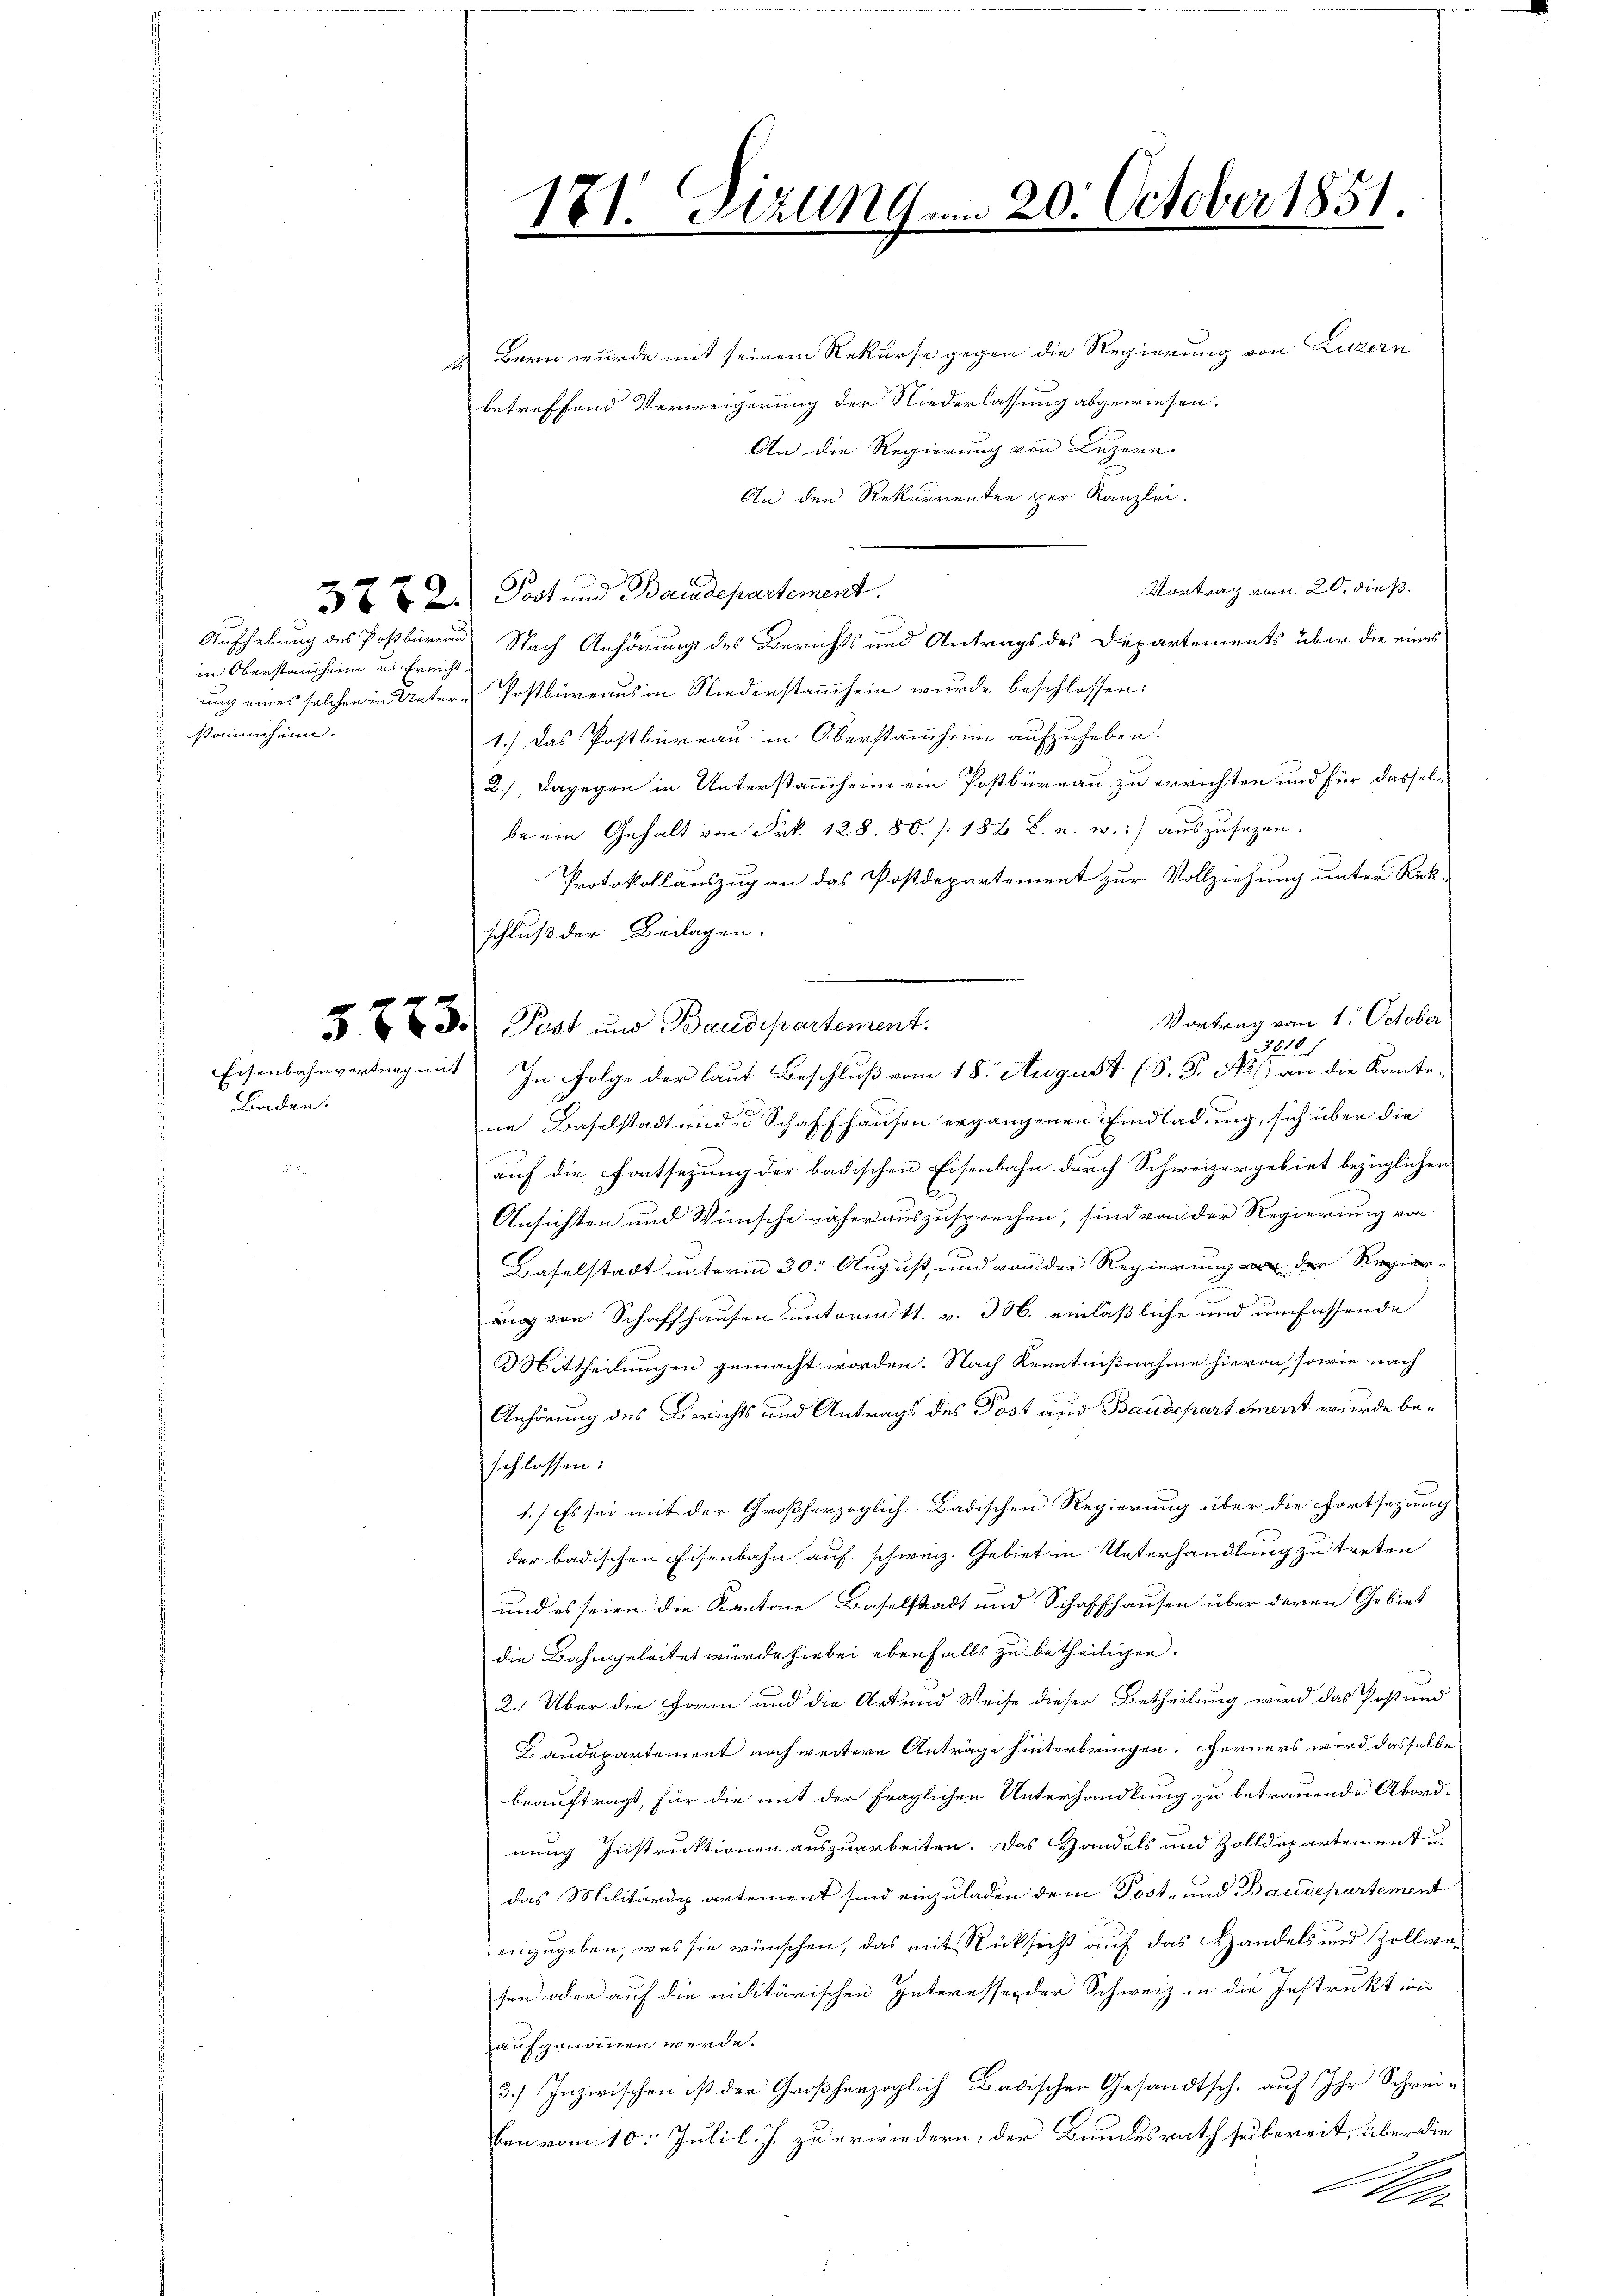
Baden.

in Oberstammheim u. Ereicht.
stammheim.

Bern wurde mit seinem Rekurse gegen die Regierung von Luzern
a
betreffend Verweigerung der Niederlassung abgewiesen.
An die Regierung von Luzern.
An den Rekurrenten per Kanzlei.
Vortrag von 20. dieß.
3 x 2 Post und Baudepartement.
Aufhebung des Postbüren Nach Anhörung des Berichts und Antrags des Departements über die eines
ung eines solchen in Unter-Postbüreaus in Niederstammhein wurde beschlossen:
1.) Das Postbüreau in Oberstammheim aufzuheben.
2.), dagegen in Unterstammheim ein Postbüreau zu errichten und für dasselberin Gehalt von Frk. 128. 80. /: 186 L. u. w.) auszusehen.
Protokollauszug an das Postdepartement zur Vollziehung unter Rück-
schluß der Beilagen.
Vortrag vom 1. October
§ 723. Pest und Baudepartement.
12
Eisenbahnvertrag mit In Folge der laut Beschluß vom 18. August (S. P. No 1) an die Kanto-
ne Baselstadt und u. Schaffhausen ergangenen Einladung, sich über die
auf die Fortsetzung der badischen Eisenbahn durch Schweizergebiet bezüglichen
Ansichten und Wünsche näher auszusprechen, sind von der Regierung von
Haselstadt unterm 30. August, und von der Regierung an der Regier-
ung von Schaffhausen unterm 11. v. M. einläßliche und umfassende
3 Mittheilungen gemacht worden. Nach Kenntnißnahme hievon, sowie nach
Anhörung des Berichts und Antrags des Post und Baudepartement wurde beschlossen:
1.) Es sei mit der Großherzoglich-Badischen Regierung über die Fortsezung
der badischen Eisenbahn auf schweiz. Gebiet in Unterhandlung zu treten
und es seien die Kantone Baselstadt und Schaffhausen über deren Gebiet
die Bahngeleitet würde hiebei ebenfalls zu betheiligen.
2.) Über die Form und die Art und Weise dieser Betheilung wird das Postund
L.audepartement noch weitere Anträge hinterbringen. Ferners wird dasselbe
beauftragt, für die mit der fraglichen Unterhandlung zu betrauende Abord-
nung Instruktionen auszuarbeiten. Das Handels und Zolldepartement u.
das Militärdepartement sind einzuladen dem Post- und Baudepartement
einzugeben, was sie wünschen, das mit Rücksicht auf das Handels und Zollwesen oder auf die militärischen Interessen der Schweiz in die Instrukt ei
aufgenommen werde.
3.) Inzwischen ist der Großherzoglich Badischen Gesandtsch. auf Ihr Schreiben vom 10. Juli l. J. zu erwiedern, der Bundesrath sei bereit, über die
s
Air

1.
.

21. Sizung am 20. October 1851.